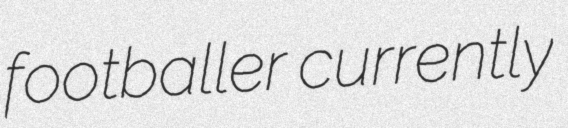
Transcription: footballer currently